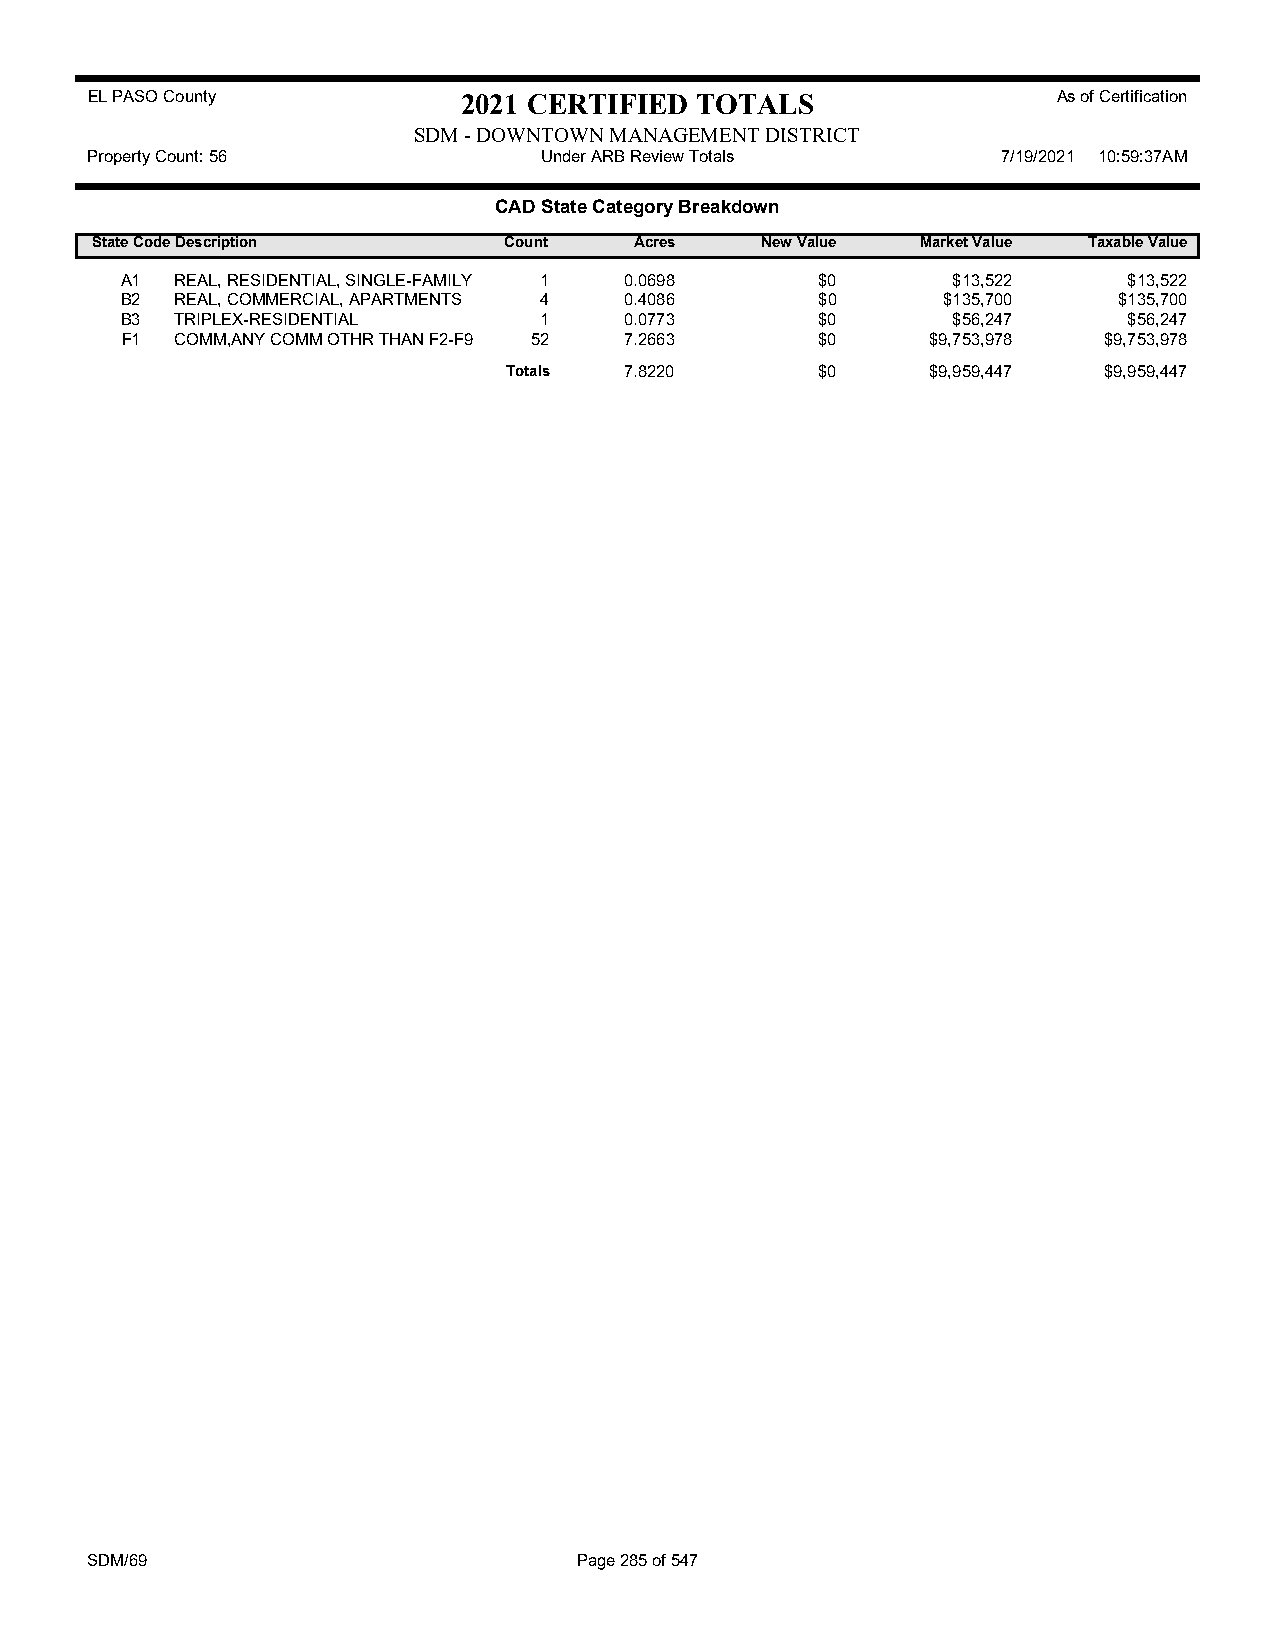
EL PASO County           2021 CERTIFIED TOTALS                  As of Certification
 SDM - DOWNTOWN MANAGEMENT DISTRICT
 Property Count: 56            Under ARB Review Totals       7/19/2021 10:59:37AM
 CAD State Category Breakdown
 State CodeDescription      Count    Acres   New Value  Market Value Taxable Value
 A1  REAL, RESIDENTIAL, SINGLE-FAMILY 1 0.0698 $0       $13,522     $13,522
 B2  REAL, COMMERCIAL, APARTMENTS 4 0.4086     $0      $135,700    $135,700
 B3  TRIPLEX-RESIDENTIAL     1    0.0773       $0       $56,247     $56,247
 F1  COMM,ANY COMM OTHR THAN F2-F9 52 7.2663   $0      $9,753,978 $9,753,978
 Totals 7.8220       $0      $9,959,447 $9,959,447
 SDM/69                          Page 285 of 547